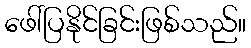
ဖေါ်ပြနိုင်ခြင်းဖြစ်သည်။